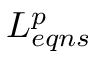
L _ { e q n s } ^ { p }